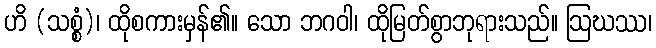
ဟိ (သစ္စံ)၊ ထိုစကားမှန်၏။ သော ဘဂဝါ၊ ထိုမြတ်စွာဘုရားသည်။ ဩဃဿ၊